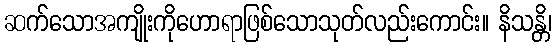
ဆက်သောအကျိုးကိုဟောရာဖြစ်သောသုတ်လည်းကောင်း။ နိသန္တိ၊